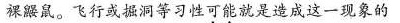
裸鼹鼠。飞行或掘洞等习性可能就是造成这一现象的